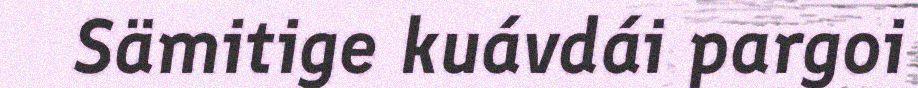
Sämitige kuávdái pargoi